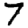
Digit: 7